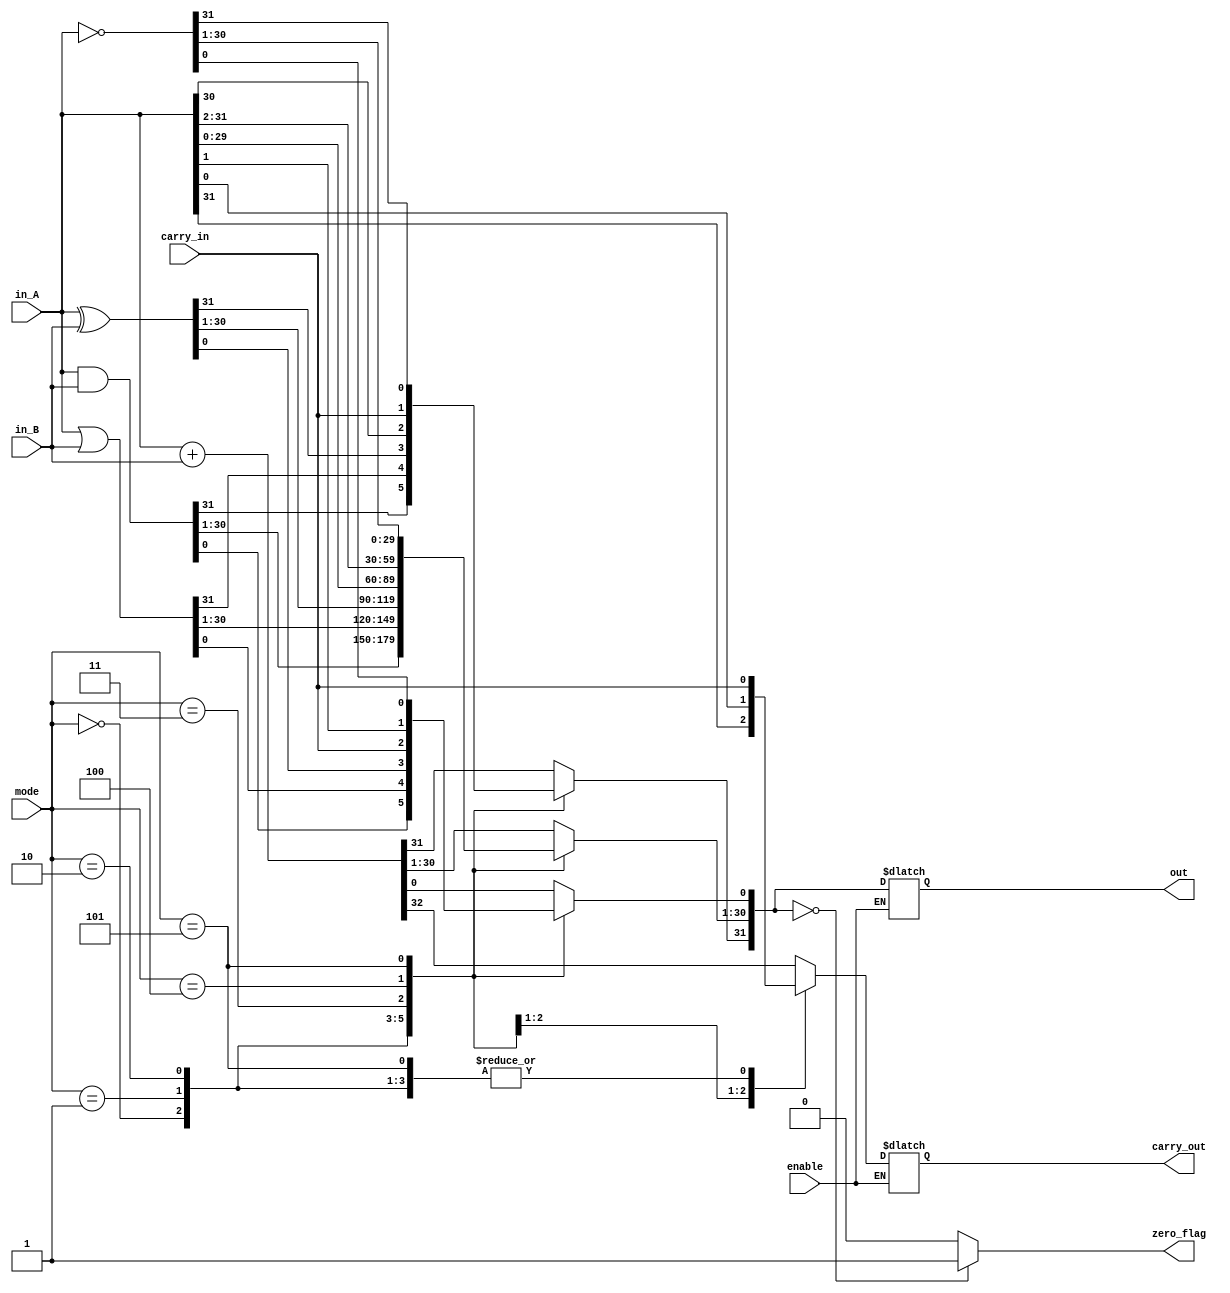
//32-bit ALU Behavioral design
//Venkat Kuruturi
module ALU (in_A, in_B, mode, out, carry_in, carry_out, enable,zero_flag);
	parameter WIDTH = 32;	//bus width
	
//INPUT PORTS
	input [WIDTH-1:0] in_A;	//input from register A
	input [WIDTH-1:0] in_B;	//input from register B
	input [2:0] mode;	//ALU operation mode
/*
	ALU MODE DESCRIPTION 	( Y = output, A = input A, B = input B, Cin = carry in, Cout = carry out)
	M2	M1	M0		Operation	Description
	0	0	0		AND	Y = A and B; Cout=Cin
	0	0	1		OR	Y = A or B; Cout=Cin
	0	1	0		XOR	Y = A xor B; Cout=Cin
	0	1	1		SHCL	Shift A (with carry) Left; Cout=A31; Y31 = A30 ...Y3=A2; Y2=A1; Y1=A0; Y0=Cin
	1	0	0		SHCR	Shift A (with carry) Right; Y31=Cin;... Y2=A3; Y1=A2; Y0=A1; Cout=A0
	1	0	1		NOT	Y = not A; Cout=Cin
	1	1	0		SUB	Y = A - B; Cout=Carry from msb of A + ((not B) + 1)
	1	1	1		ADD	Y = A + B; Cout=Carry from msb of A + B
*/
	input enable;			//Output enable.  Active low
	input carry_in;			//Carry in

//OUTPUT PORTS
	output reg carry_out;		//Carry out from ALU
	output reg [WIDTH-1:0] out;	//output of ALU
	output reg zero_flag;		//zero flag.  set if output = 0

	reg [WIDTH-1:0] temp;
	reg [WIDTH:0] add_tmp;
//CODE
	always @(*) begin
		if(enable == 0) begin
			//AND OPERATION
			case(mode)
				0: begin
					carry_out = carry_in;
					out = in_A & in_B;
				end
				//OR OPERATION		
				1: begin
					carry_out = carry_in;
					out = in_A | in_B;
				end
				//XOR OPERATION
				2: begin
					carry_out = carry_in;
					out = in_A ^ in_B;
				end
				//SHCL OPERATION
				3: begin
					 carry_out = in_A[31];
					 out = in_A << 1;
					 out[0] = carry_in;
				end
				//SHCR OPERATION
				4: begin
					 carry_out = in_A[0];
					 out = in_A >> 1;
					 out[31] = carry_in;
				end
				//NOT OPERATION
				5: begin
					 carry_out = carry_in;
					 out = ~in_A;
				end
				//ADD/SUB OPERATION
				default: begin
					//negate B if necessary
					if (mode == 6) begin
						temp = -in_B;
					end
					else begin
						 temp = in_B;
					end
					//add A and temp, temp = B|-B
					add_tmp = in_A + in_B;  
	  				out = add_tmp[WIDTH-1:0];  
	  				carry_out  = add_tmp[WIDTH]; 
				end
			endcase
		end
		if (out == 0) begin
			zero_flag = 1;
		end
		else begin zero_flag = 0; end
	end
endmodule //32 bit ALU